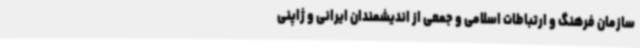
سازمان فرهنگ و ارتباطات اسلامی و جمعی از اندیشمندان ایرانی و ژاپنی